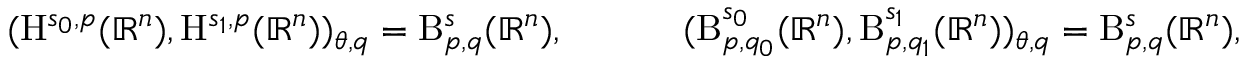
\begin{array} { r l } { ( \mathrm { H } ^ { s _ { 0 } , p } ( \mathbb { R } ^ { n } ) , \mathrm { H } ^ { s _ { 1 } , p } ( \mathbb { R } ^ { n } ) ) _ { \theta , q } = \mathrm { B } _ { p , q } ^ { s } ( \mathbb { R } ^ { n } ) \mathrm { , ~ } } & { \qquad ( \mathrm { B } _ { p , q _ { 0 } } ^ { s _ { 0 } } ( \mathbb { R } ^ { n } ) , \mathrm { B } _ { p , q _ { 1 } } ^ { s _ { 1 } } ( \mathbb { R } ^ { n } ) ) _ { \theta , q } = \mathrm { B } _ { p , q } ^ { s } ( \mathbb { R } ^ { n } ) \mathrm { , ~ } } \end{array}